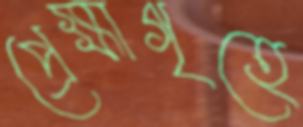
প্রেক্ষাগৃহে